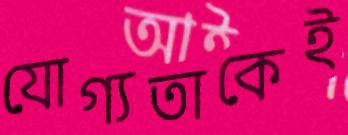
যোগ্যতাকেই